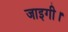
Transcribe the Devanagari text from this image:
जाइगी।